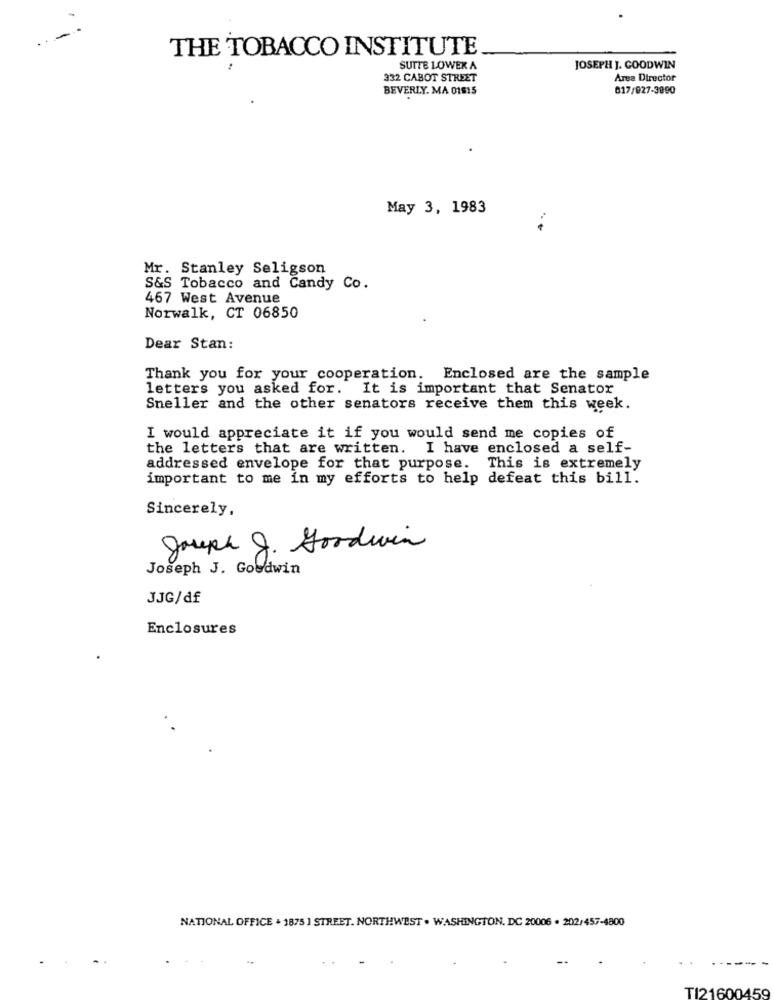
THE TOBACCO INSTITUTE
SUTTE LOWER A
JOSEPH J. GOODWIN
332 CABOT STREET
Area Director
BEVERLY. MA 01915
017/927-3890
May 3, 1983
Mr. Stanley Seligson
S&S Tobacco and Candy Co.
467 West Avenue
Norwalk, CT 06850
Dear Stan:
Thank you for your cooperation. Enclosed are the sample
letters you asked for. It is important that Senator
Sneller and the other senators receive them this week.
I would appreciate it if you would send me copies of
the letters that are written. I have enclosed a self-
addressed envelope for that purpose. This is extremely
important to me in my efforts to help defeat this bill.
Sincerely,
Jouph J. Goodwin
Joseph J. Goodwin
JJG/df
Enclosures
NATIONAL OFFICE . 1875 ] STREET. NORTHWEST . WASHINGTON, DC 20006 . 202/457-4800
TI21600459